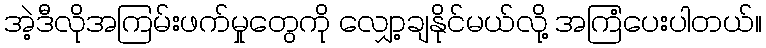
အဲ့ဒီလိုအကြမ်းဖက်မှုတွေကို လျှော့ချနိုင်မယ်လို့ အကြံပေးပါတယ်။